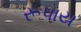
રૂપાય